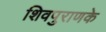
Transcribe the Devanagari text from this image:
शिवपुराणके